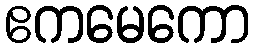
ဧကမေကော